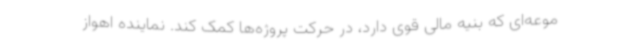
موعه‌ای که بنیه مالی قوی دارد، در حرکت پروژه‌ها کمک کند. نماینده اهواز